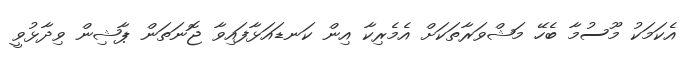
އެކަމަކު މޫސުމާ ބެހޭ މަޝްވަރާތަކަށް އެމެރިކާ އިން ކަނޑައަޅާފައިވާ ޖޮނަތަން ޕާޝިން ވިދާޅުވީ